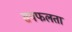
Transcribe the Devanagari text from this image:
सपफलता